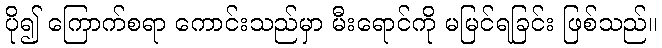
ပို၍ ကြောက်စရာ ကောင်းသည်မှာ မီးရောင်ကို မမြင်ရခြင်း ဖြစ်သည်။